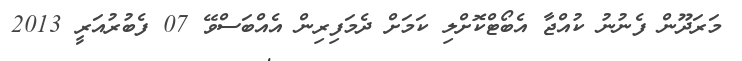
މަރަދޫން ފެނުނު ކުއްޖާ އެބޯޓްކޮށްލި ކަމަށް ދެމަފިރިން އެއްބަސްވޭ 07 ފެބުރުއަރީ 2013